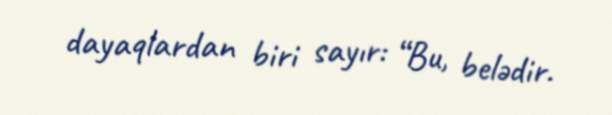
dayaqlardan biri sayır: “Bu, belədir.